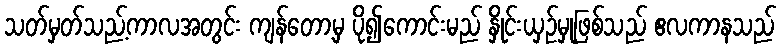
သတ်မှတ်သည့်ကာလအတွင်း ကျန်တော့မှ ပို၍ကောင်းမည် နှိုင်းယှဉ်မှုဖြစ်သည် ဧလကာနသည်